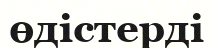
өдістерді